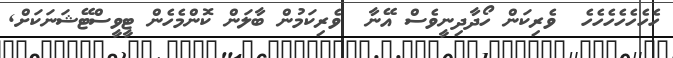
ހެހެހެހެހެހެހެ  ވެރިކަން ހޯދާދިނީވެސް އޭނާ  ވެރިކަމުން ބާލަން ކޮންމެހެން ޓީވީސްޓޭޝަނަކަށް